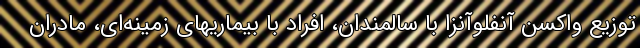
توزیع واکسن آنفلوآنزا با سالمندان، افراد با بیماریهای زمینه‌ای، مادران